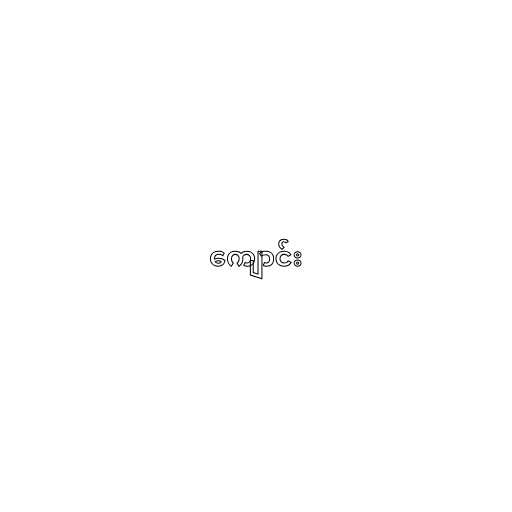
ကျောင်း